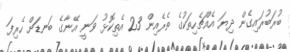
ބުރަބުރައިގެން ދިޔަ އެއްޗެހިތަކުގެ ތެރެއިން 23 އެތިކޮޅު ވަނީ އޭނާގެ ބަނޑަށް ހެރިފަ